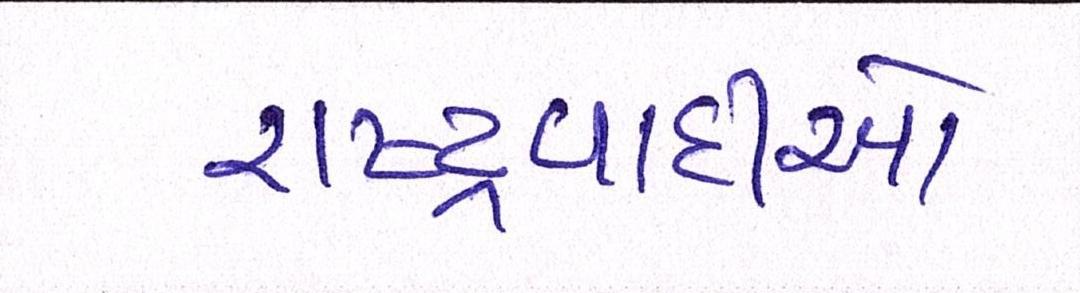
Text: રાષ્ટ્રવાદીઓ